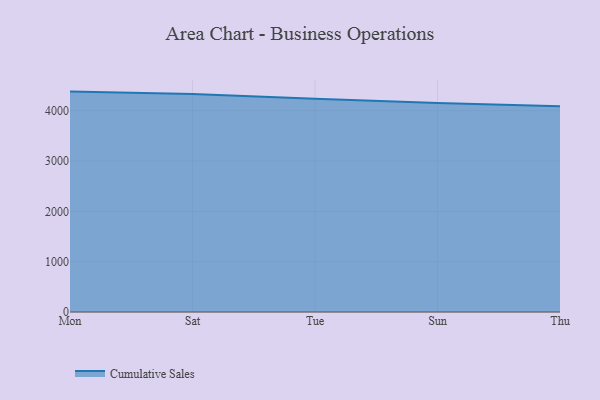
{"axis": {"x": "Day", "y": "Churn Rate (%)"}, "legend": ["Cumulative Sales"], "data": [{"x": "Mon", "y": 4379.0, "type": "Cumulative Sales"}, {"x": "Sat", "y": 4332.2, "type": "Cumulative Sales"}, {"x": "Tue", "y": 4237.7, "type": "Cumulative Sales"}, {"x": "Sun", "y": 4150.4, "type": "Cumulative Sales"}, {"x": "Thu", "y": 4086.3, "type": "Cumulative Sales"}]}